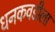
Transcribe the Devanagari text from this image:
धनकवडीला